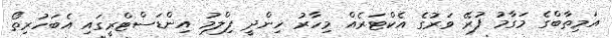
އަމިތާބްގެ މަގާމު ފުރޭ ވަރުގެ އެކްޓަރެއް މިހާރު ހިންދީ ފިލްމު އިންޑަސްޓްރީގައި އެބަހުރިތޯ